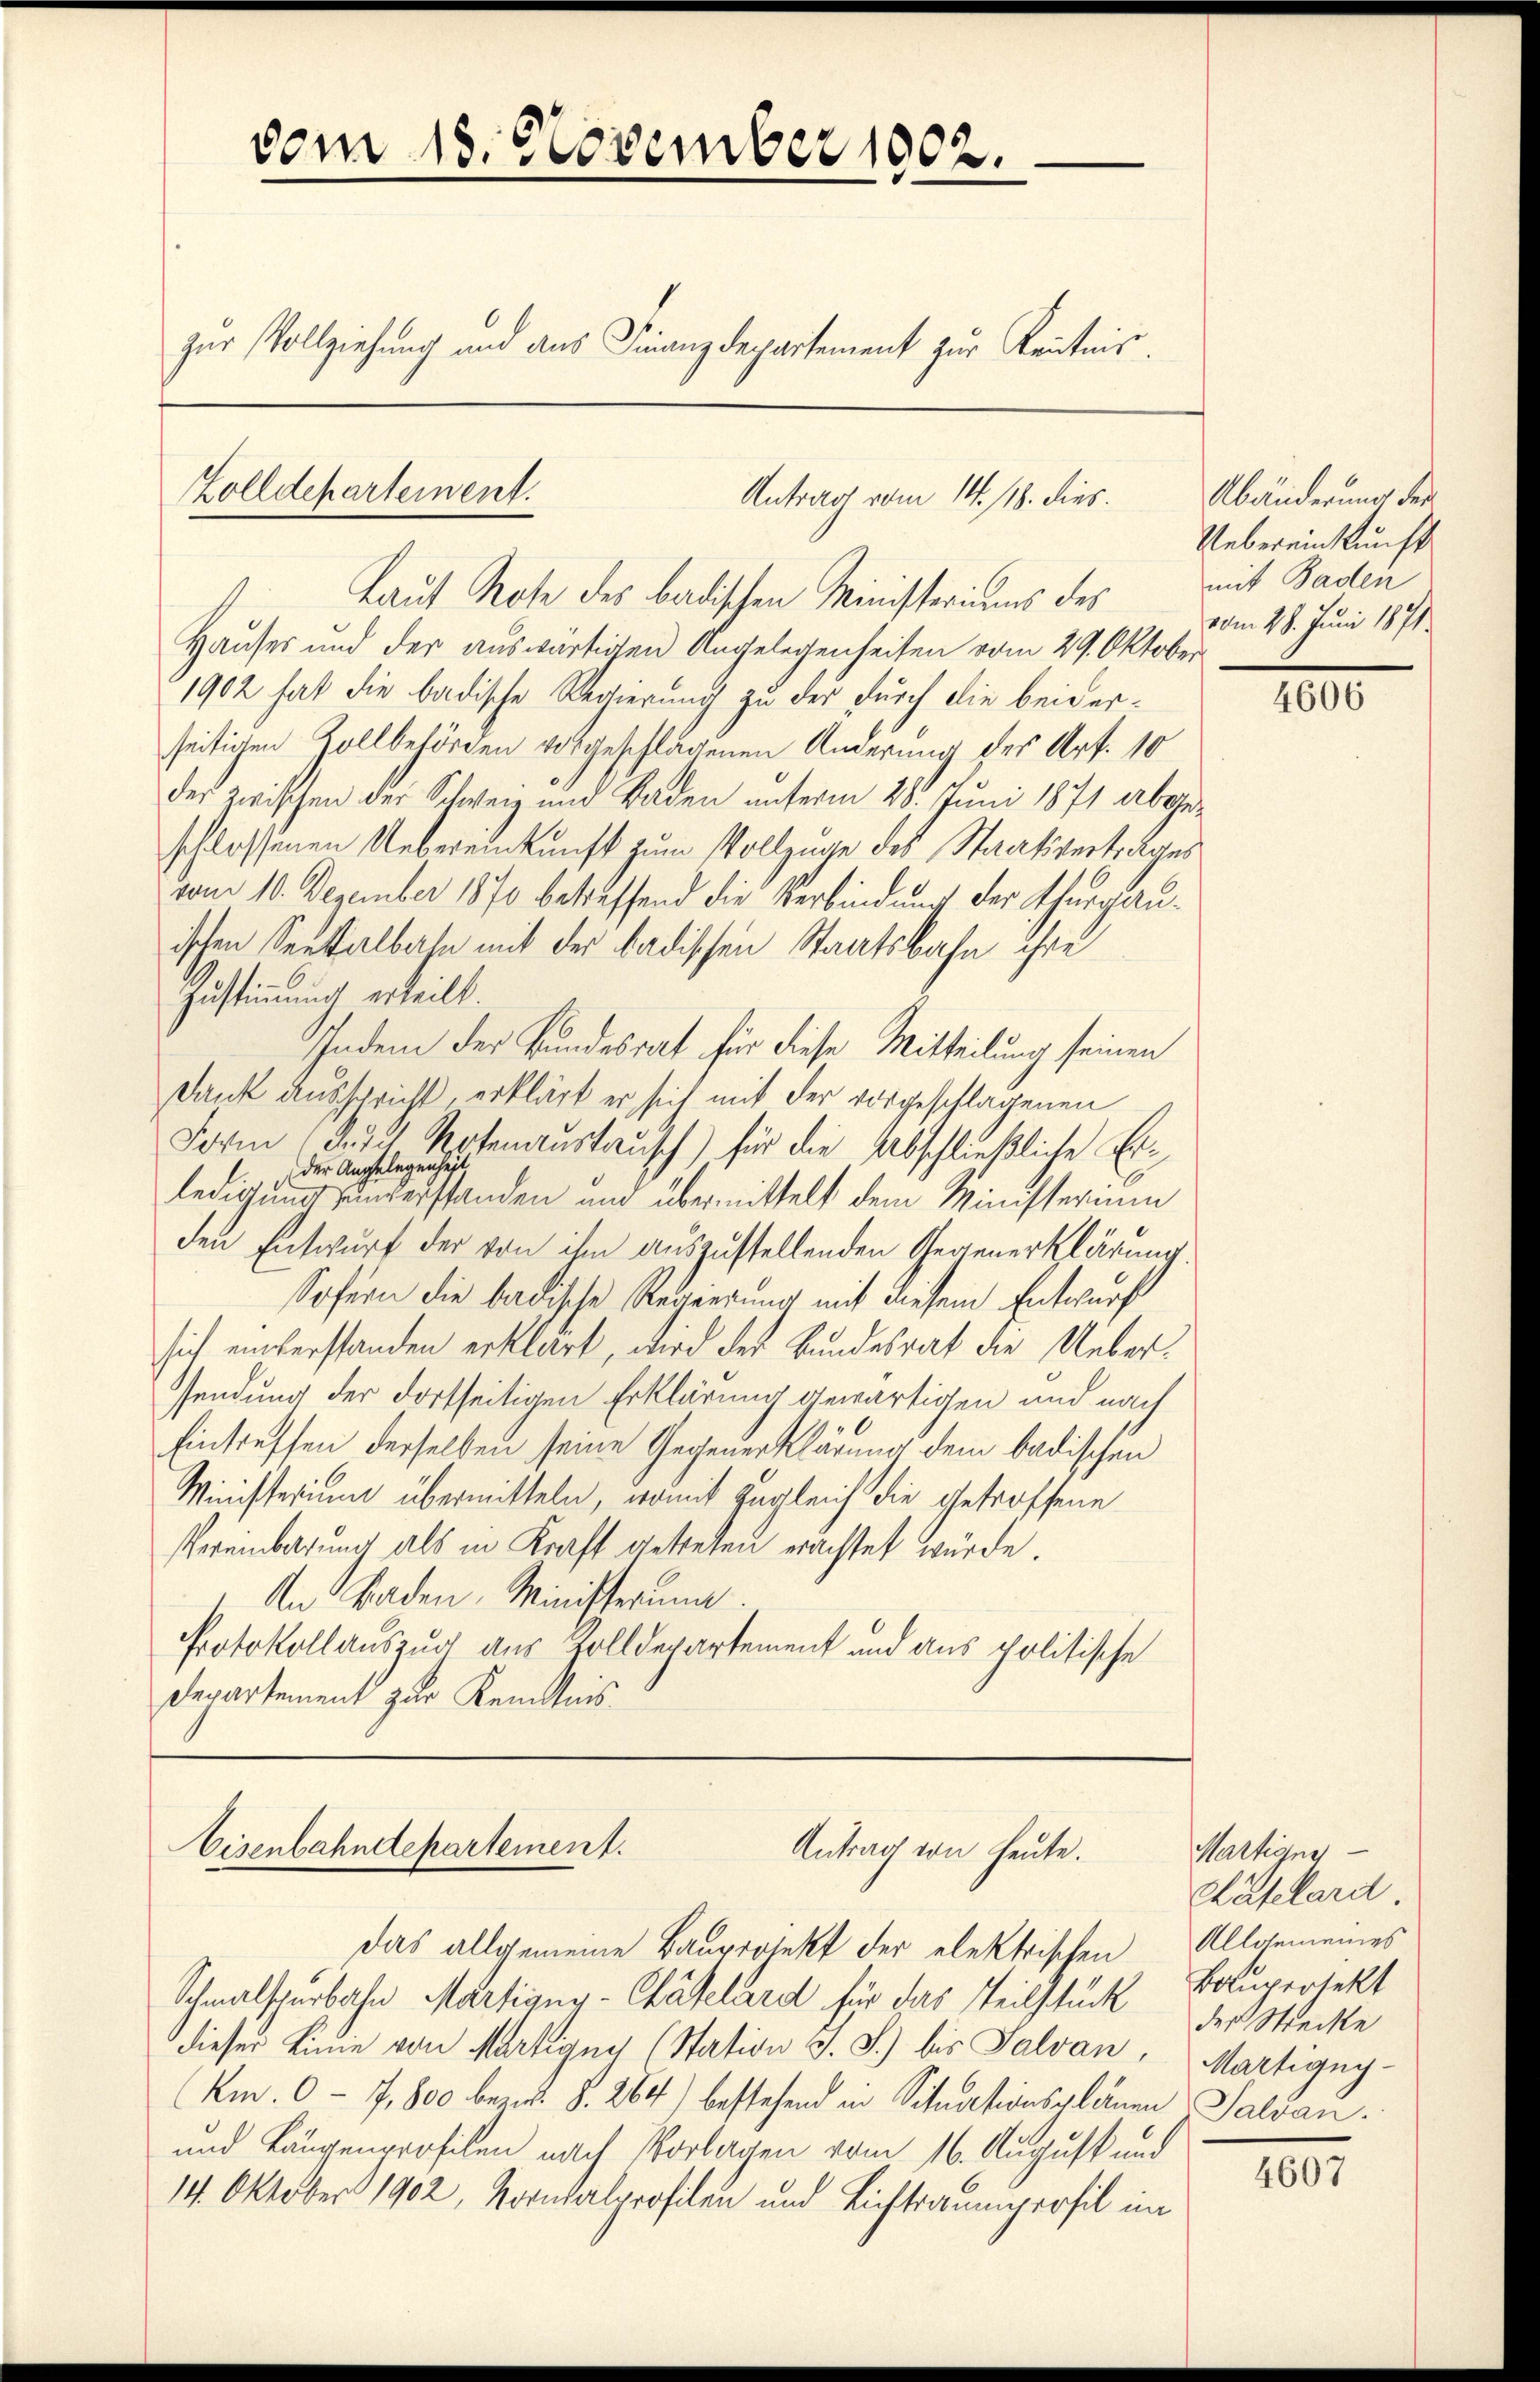
vom 18. November 1802.
zur Vollziehung und aus Finanzdepartement zur Kenntnis¬

Zolldepartement.

Hauses und der auswärtigen Angelegenheiten vom 29. Oktober
1902 hat die badische Regierung zu der durch die beiderseitigen Zollbehörden vorgeschlagenen Anderung des Art. 10
der zwischen der Schweiz und Baden unterm 28. Juni 1871 abgeschlossenen Uebereinkunft zum Vollzuge des Staatsvertrages
vom 10. Dezember 1870 betreffend die Verbindung der Thurgauischen Seekalbahn mit der badischen Staatsbahn ihre
Zustimmung erteilt.
Indem der Bundesrat für diese Mitteilung seinen
Dank ausspricht, erklärt er sich mit der vorgeschlagenen
Form (S. 321 Notenaustausch) für die Abschließliche Erder Angelegenheit
ledigung einverstanden und übermittelt dem Ministerium
den Entwurf der von ihm auszustellenden Gegenerklärung
Sofern die badische Regierung mit diesem Entwurf
sich einverstanden erklärt, wird der Bundesrat die Ueberendung der dortseitigen Erklärung gewärtigen und nach
Eintreffen derselben seine Gegenerklärung dem badischen
Ministerium übermitteln, womit zugleich die getroffene
Vereinbarŭng als in Kraft getreten erachtet würde.
An Baden, Minischerung.
Protokollauszug aus Zolldepartement und aus politische
Departement zur Kenntnis

Antrag vom 14. 118. dies
Laut Note des badischen Ministeriums des

Eisenbahndepartement.
Antrag von heute.

Das allgemeine Bauprojekt der elektrischen
Schmalspurbahn Martigny-Chätelard für das Teilstück
dieser Linie von Martigen (Station J. J.) bis Salvan,
Am. 0 - 7,800 bezw. §. 264) bestehend in Situationsplänen Salvan
und Längenprofilen nach Vorlagen vom 16. August und
14. Oktober 1902, Kornkalprofilen und Lichtraumprofil im

Abänderung des
Uebereinkunft
mit Baden
vom 28. Juni 1871.

4606

Martigny
Häfelarit
Allgemeines
Bauprotekt
der Strecke
Martigny-

4607